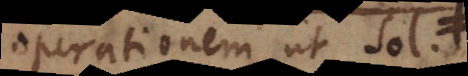
operationem ut sol.